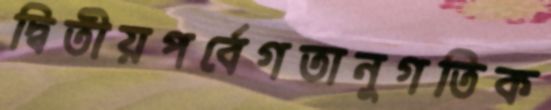
দ্বিতীয়পর্বেগতানুগতিক